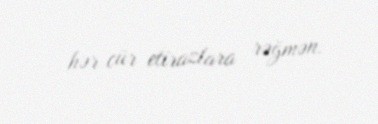
hər cür etirazlara rəğmən.